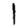
Digit: 1